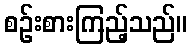
စဉ်းစားကြည့်သည်။